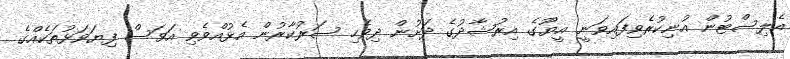
އެލިސްޓުން އުނިކުރެވިފައިވަނީ އީޔޫގެ އިރުޝާދުގެ ދަށުން ދިވެހި ސަރުކާރުން އެޅުއްވެވި އަވަސް ފިޔަވަޅުތަކެއްގެ